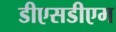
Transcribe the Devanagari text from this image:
डीएसडीएम